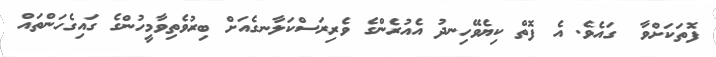
ފޮތަކަށްވާ  ގައެވެ. އެ ފޮތް ކިޔެވޭހިނދު އެއުރެންގެ ވެރިރަސްކަލާނގެއަށް ބިރުވެތިވާމީހުންގެ ގައިގެހަންތައް